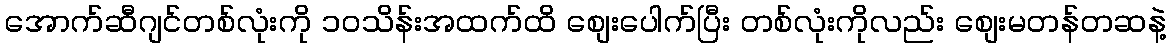
အောက်ဆီဂျင်တစ်လုံးကို ၁ဝသိန်းအထက်ထိ စျေးပေါက်ပြီး တစ်လုံးကိုလည်း စျေးမတန်တဆနဲ့